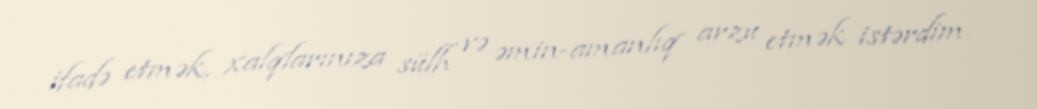
ifadə etmək, xalqlarınıza sülh və əmin-amanlıq arzu etmək istərdim.